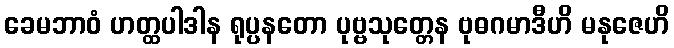
ခေမဘာဝံ ဟတ္ထပါဒါန ရုပ္ပနတော ပုဗ္ဗသုတ္တေန ဗုဓဂမာဒီဟိ မနုဇေဟိ